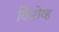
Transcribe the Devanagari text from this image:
किरोव्ह